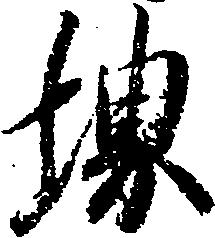
堺